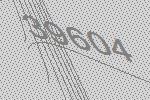
39604